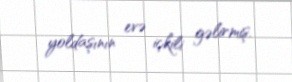
yoldaşının evə içkili gəlirmiş.